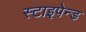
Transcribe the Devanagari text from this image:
स्टाइपेन्ड